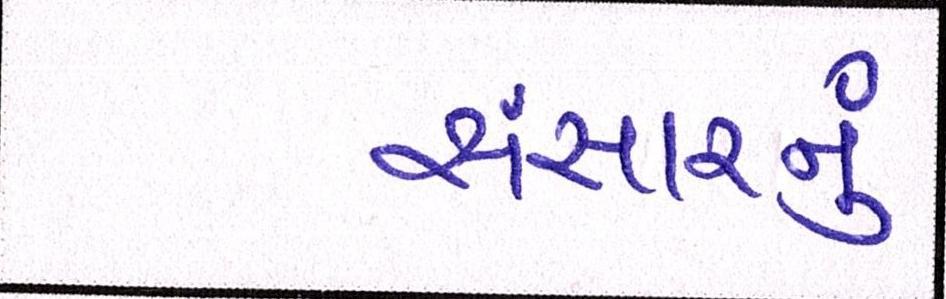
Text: સંસારનું